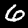
Digit: 6